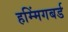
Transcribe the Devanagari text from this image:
हम्मिंगबर्ड